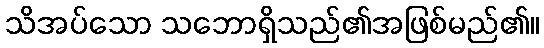
သိအပ်သော သဘောရှိသည်၏အဖြစ်မည်၏။